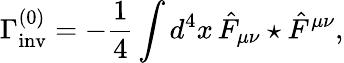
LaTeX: \Gamma_{\mathrm{inv}}^{(0)}=-\frac{1}{4}\int d^{4}x\, \hat{F}_{\mu\nu}\star\hat{F}^{\mu\nu},